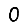
Digit: 0